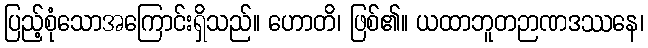
ပြည့်စုံသောအကြောင်းရှိသည်။ ဟောတိ၊ ဖြစ်၏။ ယထာဘူတဉာဏဒဿနေ၊